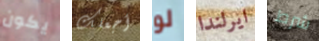
يكون أجعلك لو ايرلندا شرط